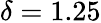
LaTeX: \delta=1.25